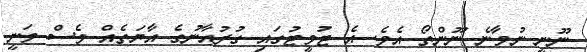
ނޫނީ ނުވާނެ ނޫންތޯ އެވެ. އެ ޓުވީޓުގައި ގުރުއާނުގެ އާޔަތެއް ވެސް ވަނީ